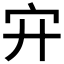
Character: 𡧅